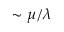
\sim \mu / \lambda